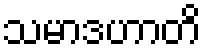
သမာဒဟာတိ